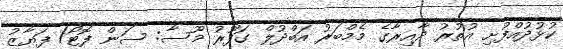
ކުޅުދުއްފުށި އުތުރު ދާއިރާގެ މެމްބަރު އަބްދުލް ގަފޫރު މޫސާ: ސަން ފޮޓޯ/ ފަޔާޒު